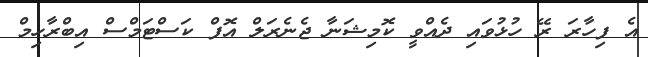
އެ ފިހާރަ ރޭ ހުޅުވައި ދެއްވީ ކޮމިޝަނާ ޖެނެރަލް އޮފް ކަސްޓަމްސް އިބްރާހިމް